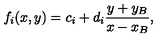
f _ { i } ( x , y ) = c _ { i } + d _ { i } { \frac { y + y _ { B } } { x - x _ { B } } } ,